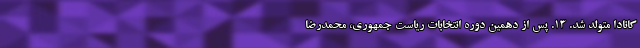
کانادا متولد شد. ۱۳. پس از دهمین دورهٔ انتخابات ریاست جمهوری، محمدرضا